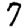
Digit: 7